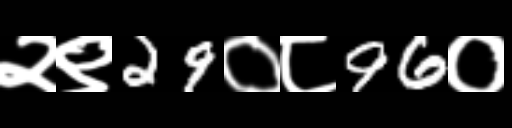
Text: २९29०८96०